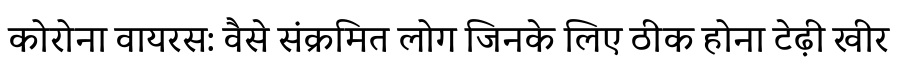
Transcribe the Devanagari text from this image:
कोरोना वायरस: वैसे संक्रमित लोग जिनके लिए ठीक होना टेढ़ी खीर